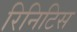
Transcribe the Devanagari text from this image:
रिनिटिस